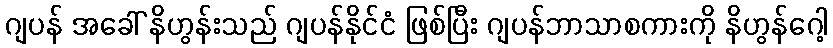
ဂျပန် အခေါ် နိဟွန်းသည် ဂျပန်နိုင်ငံ ဖြစ်ပြီး ဂျပန်ဘာသာစကားကို နိဟွန်ဂေါ့